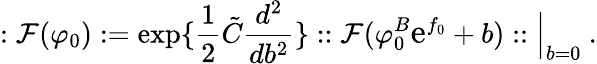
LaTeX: :\mathcal{F}(\varphi_{0}):=\exp\{ {\frac{{1}}{{2}}}\tilde{{C}}{\frac{{d^{2}}}{{db^{2}}}}\} ::\mathcal{F}(\varphi_{0}^{B}\mathrm{{\large{e}}}^{f_{0}}+b)::\Big|_{b=0}~.